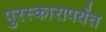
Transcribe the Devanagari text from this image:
पुरस्कारापर्यंत